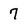
Character: 7